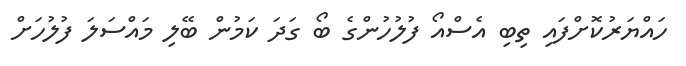
ހައްޔަރުކޮށްފައި ތިބި އެސްއޯ ފުލުހުންގެ ބޯ ގަދަ ކަމުން ބޭލި މައްސަލަ ފުލުހަށް